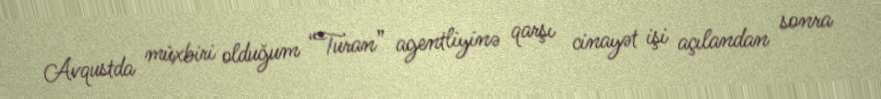
Avqustda müxbiri olduğum “Turan” agentliyinə qarşı cinayət işi açılandan sonra